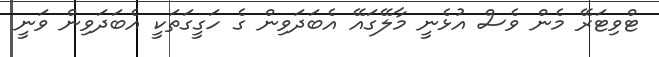
ޓްވިޓަރޭ މެން ވެސް އުޅެނީ މާލޭގައޭ އެބަދަވިން ގެ ހަގީގަތަކީ އެބަދަވިން ވަނީ